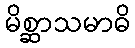
မိစ္ဆာသမာဓိ